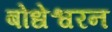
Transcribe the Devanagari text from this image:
बोधेश्वरन